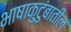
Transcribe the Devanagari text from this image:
भाषाकुटुंबातील